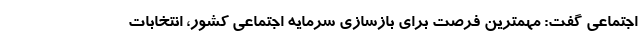
اجتماعی گفت: مهمترین فرصت برای بازسازی سرمایه اجتماعی کشور، انتخابات